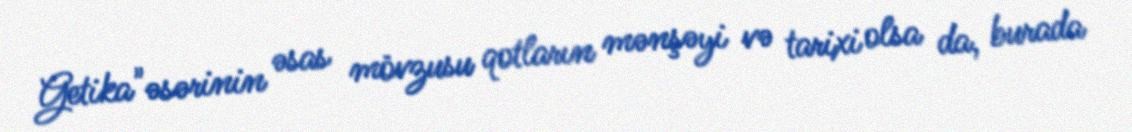
Getika"əsərinin əsas mövzusu qotların mənşəyi və tarixi olsa da, burada